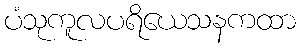
ပံသုကူလပရိယေသနကထာ